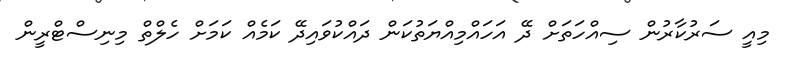
މިއީ ސަރުކާރުން ސިއްހަތަށް ދޭ އަހައްމިއްޔަތުކަން ދައްކުވައިދޭ ކަމެއް ކަމަށް ހެލްތް މިނިސްޓްރީން